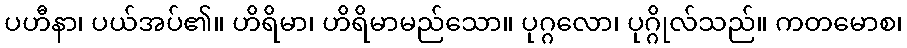
ပဟီနာ၊ ပယ်အပ်၏။ ဟိရိမာ၊ ဟိရိမာမည်သော။ ပုဂ္ဂလော၊ ပုဂ္ဂိုလ်သည်။ ကတမောစ၊